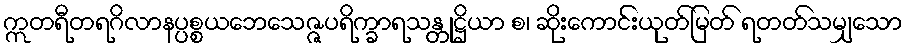
ဣတရီတရဂိလာနပ္ပစ္စယဘေသေဇ္ဇပရိက္ခာရသန္တုဋ္ဌိယာ စ၊ ဆိုးကောင်းယုတ်မြတ် ရတတ်သမျှသော